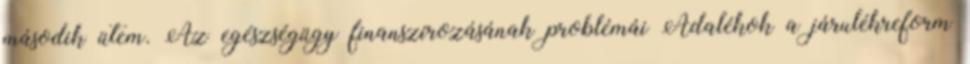
második ütem. Az egészségügy finanszírozásának problémái Adalékok a járulékreform